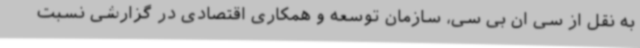
به نقل از سی ان بی سی، سازمان توسعه و همکاری اقتصادی در گزارشی نسبت